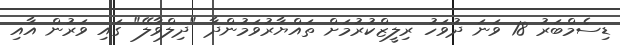
ޑިސެމްބަރު 18 ވަނަ ދުވަހު ރިލީޒްކުރުމަށް ތައްޔާރުވަމުންދާ "ދިލްވާލޭ" ގައި ވަރުން އާއި